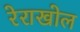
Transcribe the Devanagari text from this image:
रेराखोल